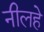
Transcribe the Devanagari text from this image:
नीलहे